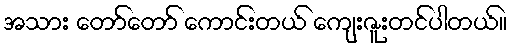
အသား တော်တော် ကောင်းတယ် ကျေးဇူးတင်ပါတယ်။